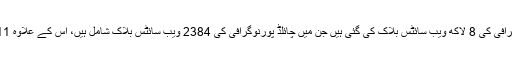
چیئرمین کا کہنا تھا کہ پاکستان میں اب تک پورنوگرافی کی 8 لاکھ ویب سائٹس بلاک کی گئی ہیں جن میں چائلڈ پورنوگرافی کی 2384 ویب سائٹس بلاک شامل ہیں، اس کے علاوہ 11 ہزار پراکسی ویب سائٹس کو بھی بلاک کردیا ہے۔